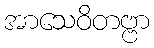
အာသေဝိတဗ္ဗာ